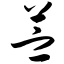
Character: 苎